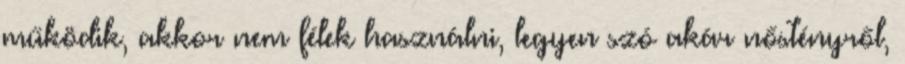
működik, akkor nem félek használni, legyen szó akár nőstényről,